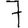
Digit: 7